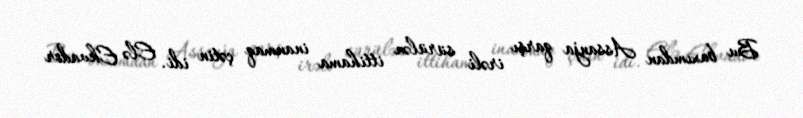
Bu baxımdan Assanja qarşı irəli sürülən ittihama inanmaq çətin idi. Elə Ekvador